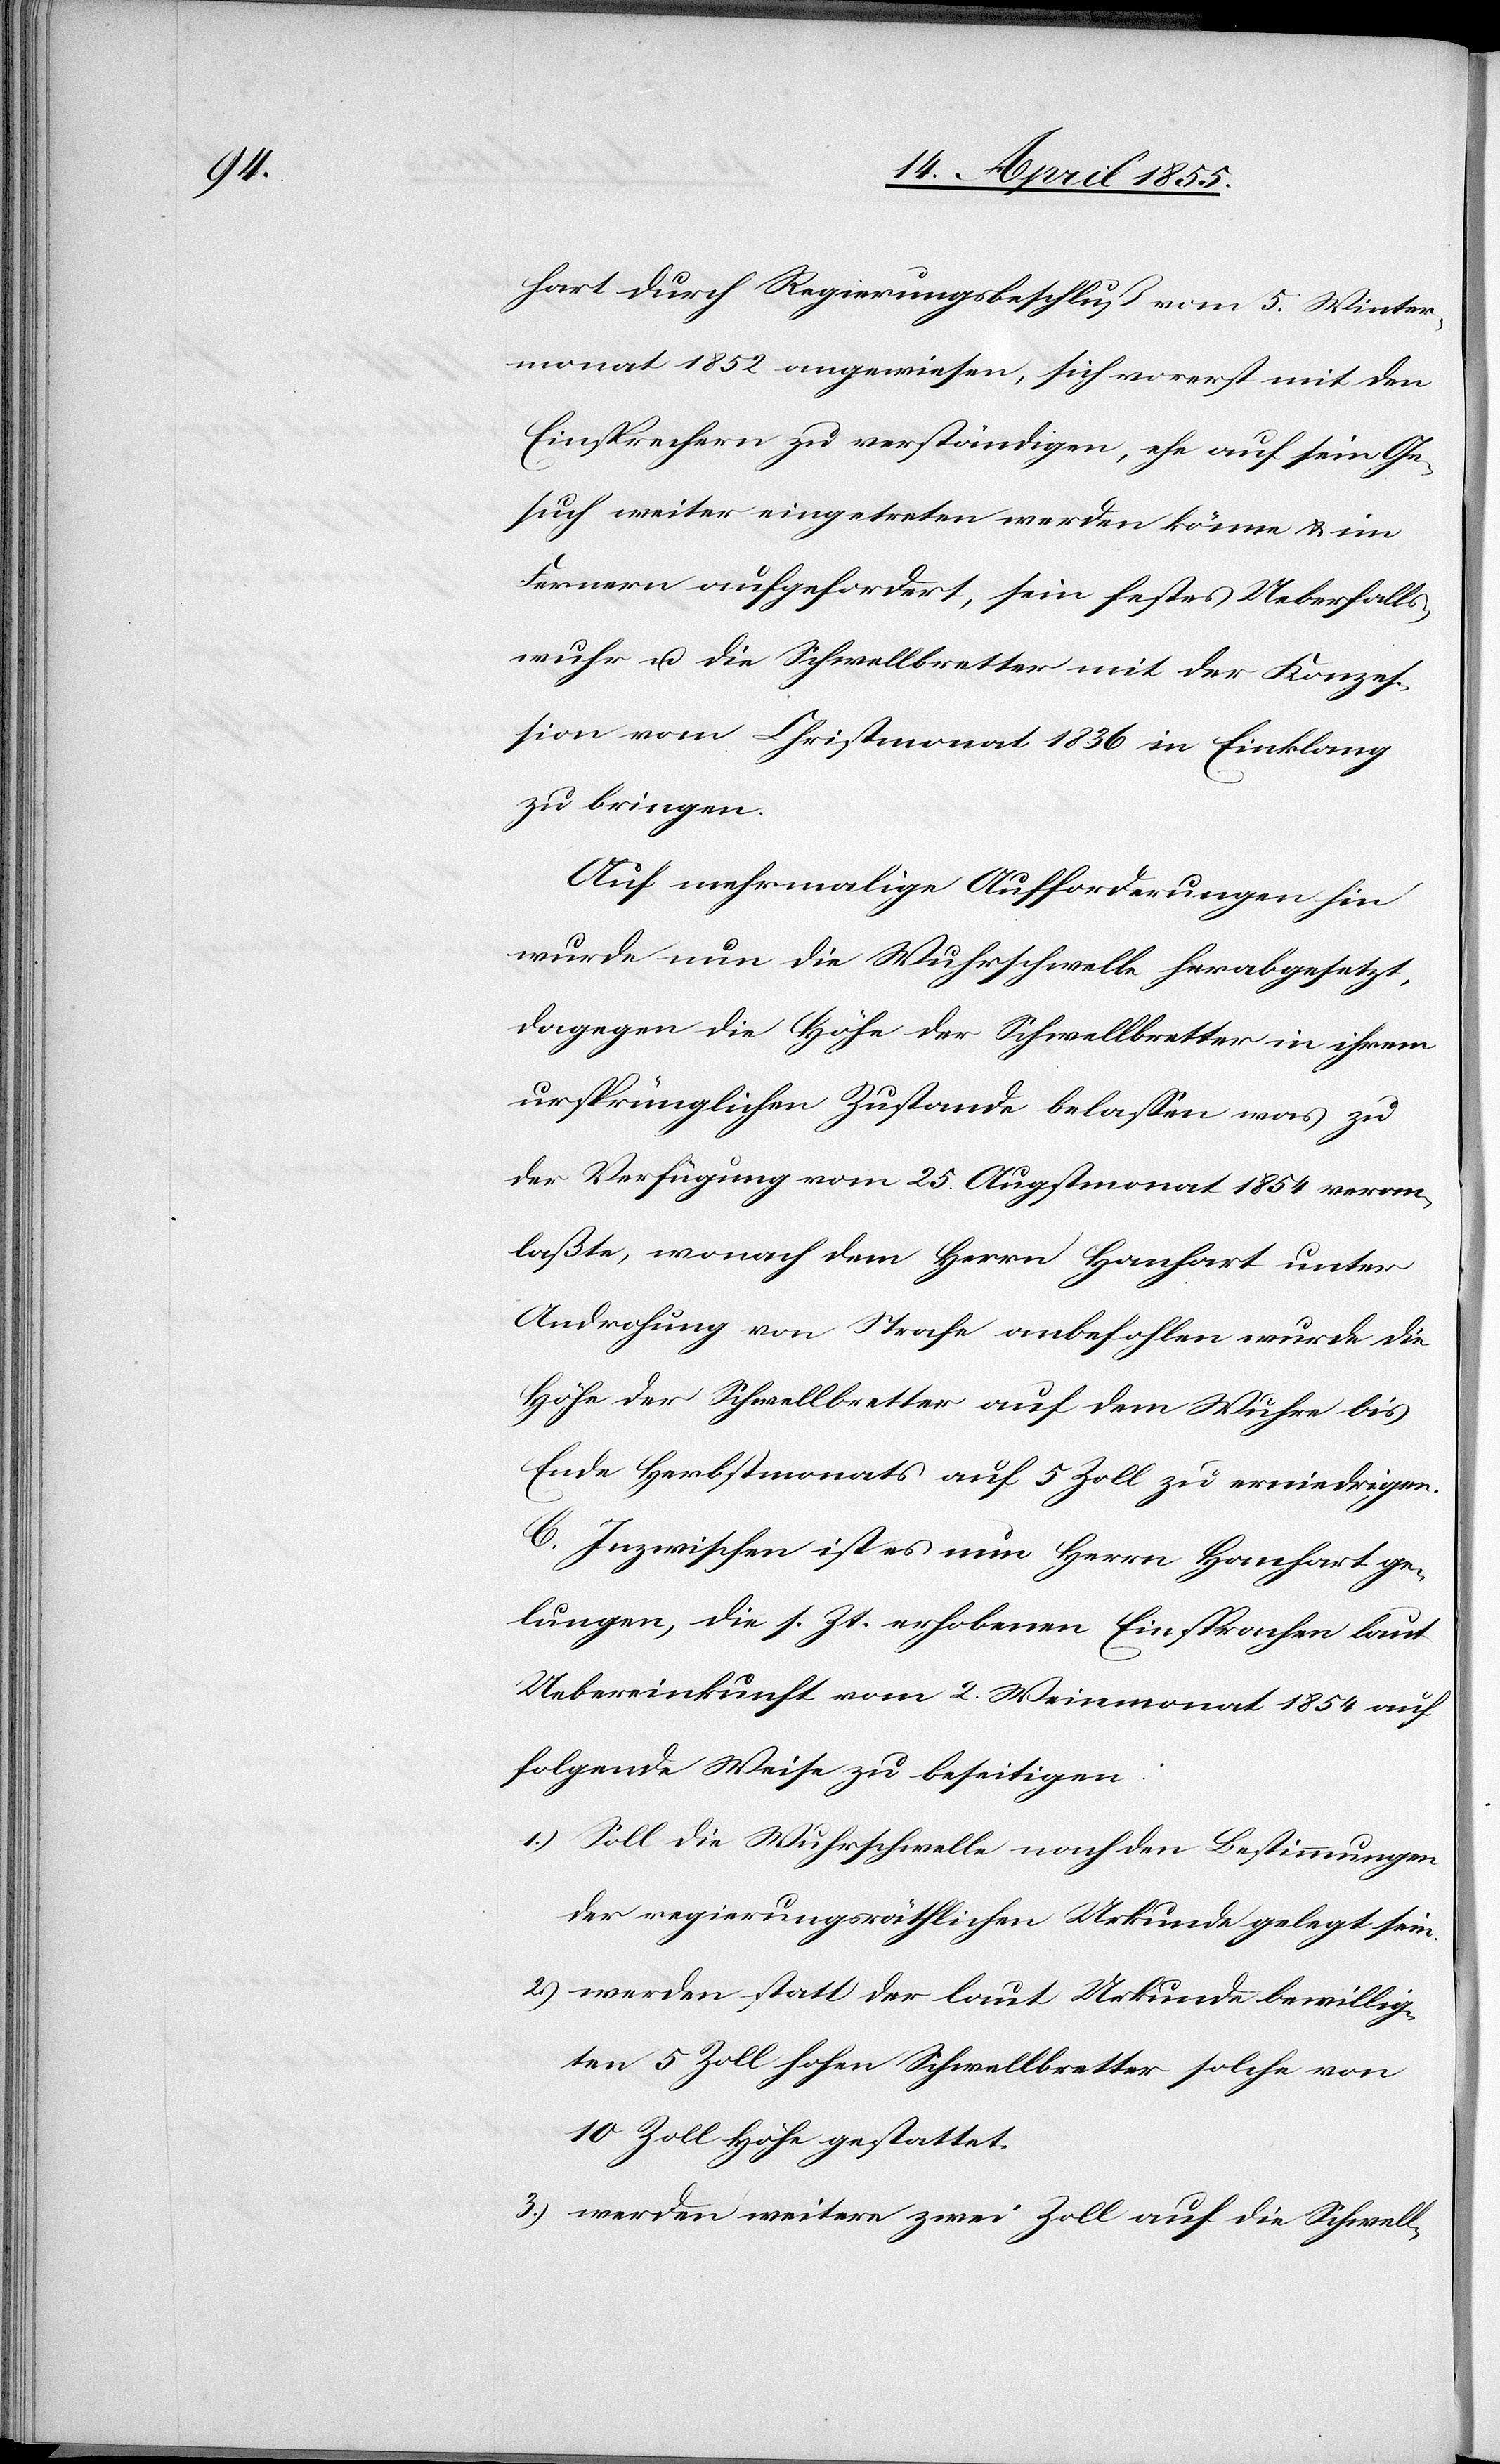
hart durch Regierungsbeschluß vom 5. Winter¬
monat 1852 angewiesen, sich vorerst mit den
Einsprechern zu verständigen, ehe auf sein Ge¬
such weiter eingetreten werden könne & im
Fernern aufgefordert, sein festes Ueberfalls¬
wuhr u. die Schwellbretter mit der Konzes¬
sion vom Christmonat 1836 in Einklang
zu bringen.
Auf mehrmalige Aufforderungen hin
wurde nun die Wuhrschwelle herabgesetzt,
dagegen die Höhe der Schwellbretter in ihrem
ursprünglichen Zustande belassen was zu
der Verfügung vom 25. Augstmonat 1854 veran¬
laßte, wonach dem Herrn Hanhart unter
Androhung von Strafe anbefohlen wurde die
Höhe der Schwellbretter auf dem Wuhre bis
Ende Herbstmonats auf 5 Zoll zu erniedrigen.
C. Inzwischen ist es nun Herrn Hanhart ge¬
lungen, die s. Zt. erhobenen Einsprachen laut
Uebereinkunft vom 2. Weinmonat 1854 auf
folgende Weise zu beseitigen:
Soll die Wuhrschwelle nach den Bestimmungen
der regierungsräthlichen Urkunde gelegt sein.
werden statt der laut Urkunde bewillig¬
ten 5 Zoll hohen Schwellbretter solche von
10 Zoll Höhe gestattet.
werden weitere zwei Zoll auf die Schwell-